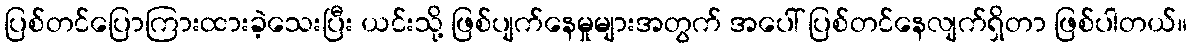
ပြစ်တင်ပြောကြားထားခဲ့သေးပြီး ယင်းသို့ ဖြစ်ပျက်နေမှုများအတွက် အပေါ် ပြစ်တင်နေလျက်ရှိတာ ဖြစ်ပါတယ်။